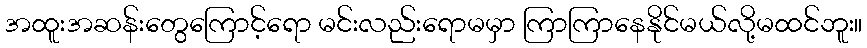
အထူးအဆန်းတွေကြောင့်ရော မင်းလည်းရောမမှာ ကြာကြာနေနိုင်မယ်လို့မထင်ဘူး။